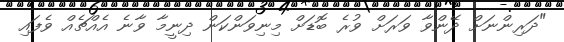
"ދަރިންނަށް ދޭންވާ ވަރަށް ވުރެ ބޮޑަށް މިނިވަންކަން ދިނީމާ ވާނެ އެއްޗެއް ވެފައި